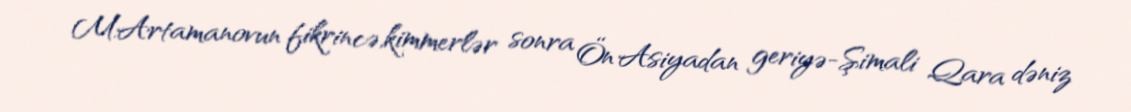
M.Artamanovun fikrincə,kimmerlər sonra Ön Asiyadan geriyə-Şimali Qara dəniz